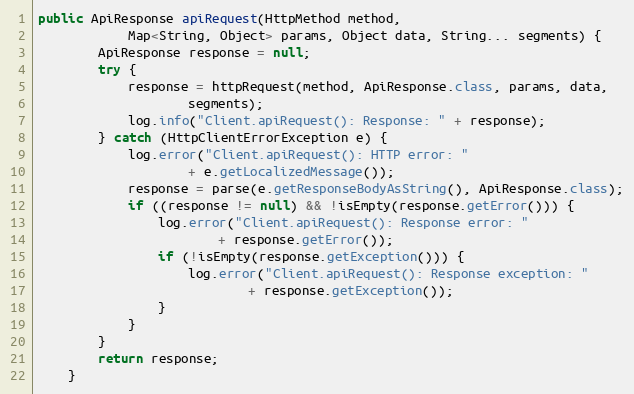
Language: Java
public ApiResponse apiRequest(HttpMethod method,
            Map<String, Object> params, Object data, String... segments) {
        ApiResponse response = null;
        try {
            response = httpRequest(method, ApiResponse.class, params, data,
                    segments);
            log.info("Client.apiRequest(): Response: " + response);
        } catch (HttpClientErrorException e) {
            log.error("Client.apiRequest(): HTTP error: "
                    + e.getLocalizedMessage());
            response = parse(e.getResponseBodyAsString(), ApiResponse.class);
            if ((response != null) && !isEmpty(response.getError())) {
                log.error("Client.apiRequest(): Response error: "
                        + response.getError());
                if (!isEmpty(response.getException())) {
                    log.error("Client.apiRequest(): Response exception: "
                            + response.getException());
                }
            }
        }
        return response;
    }